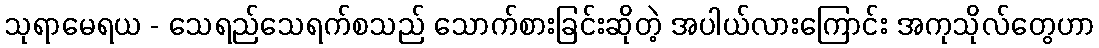
သုရာမေရယ - သေရည်သေရက်စသည် သောက်စားခြင်းဆိုတဲ့ အပါယ်လားကြောင်း အကုသိုလ်တွေဟာ